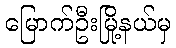
မြောက်ဦးမြို့နယ်မှ